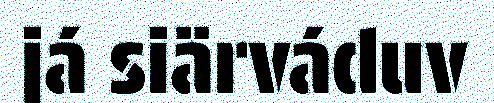
já siärváduv